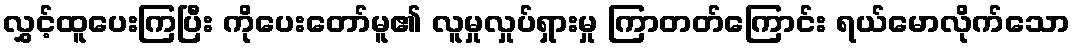
လွှင့်ထူပေးကြပြီး ကိုပေးတော်မူ၏ လူမှုလှုပ်ရှားမှု ကြာတတ်ကြောင်း ရယ်မောလိုက်သော